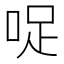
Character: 哫